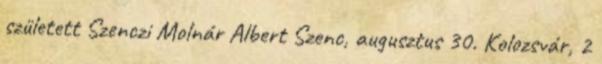
született Szenczi Molnár Albert Szenc, augusztus 30. Kolozsvár, 2